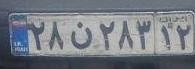
۲۸ن۲۸۳۱۲